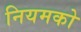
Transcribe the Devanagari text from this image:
नियमको